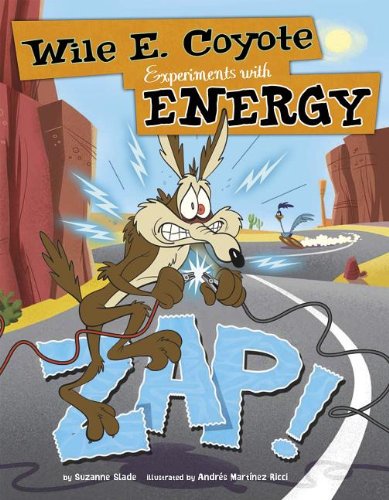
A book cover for Zap!: Wile E. Coyote Experiments with Energy (Wile E. Coyote, Physical Science Genius); Suzanne Slade; Children's Books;